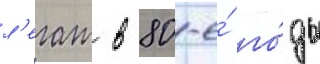
л'егат в 80-е́ го́ды